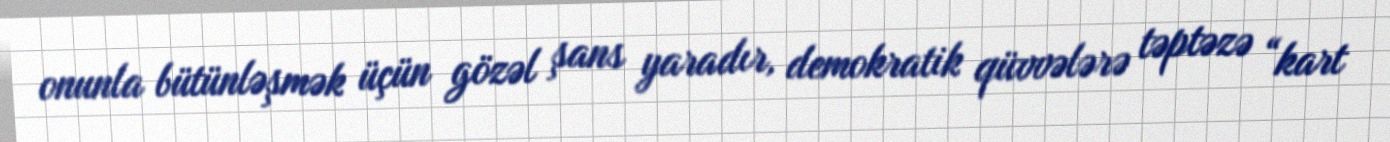
onunla bütünləşmək üçün gözəl şans yaradır, demokratik qüvvələrə təptəzə “kart